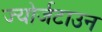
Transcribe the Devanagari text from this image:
ज्योर्जटाउन